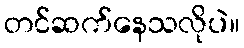
တင်ဆက်နေသလိုပဲ။